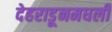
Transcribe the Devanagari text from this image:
देहराडूनमधली